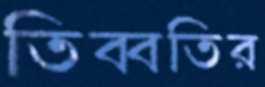
তিব্বতির